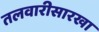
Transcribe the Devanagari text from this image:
तलवारीसारखा